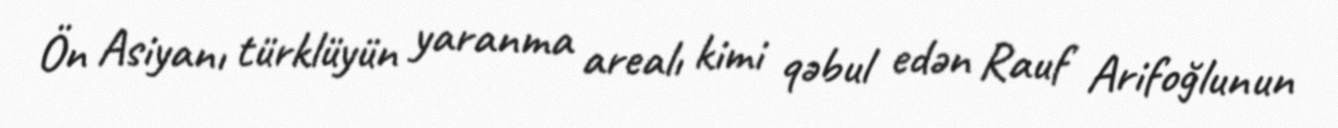
Ön Asiyanı türklüyün yaranma arealı kimi qəbul edən Rauf Arifoğlunun